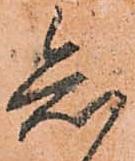
知